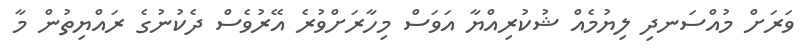
ވަރަށް މުއްސަނދި ލިޔުމެއް ޝުކުރިއްޔާ އަވަސް މިހާރަށްވުރެ އޭރުވެސް ދެކުނުގެ ރައްޔިތުން މާ